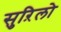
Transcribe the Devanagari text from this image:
सुऱिलो